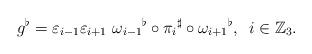
LaTeX: \begin{align*} g^\flat=\varepsilon_{i-1}\varepsilon_{i+1}\ {\omega_{i-1}}^{\flat} \circ {\pi_i}^{\sharp} \circ {\omega_{i+1}}^{\flat}, \,\, \, i \in \mathbb{Z}_3.\end{align*}